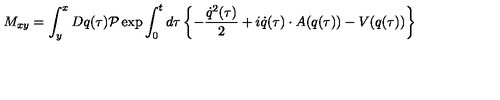
M _ { x y } = \int _ { y } ^ { x } D q ( \tau ) { \cal P } \exp \int _ { 0 } ^ { t } d \tau \left\{ - \frac { \dot { q } ^ { 2 } ( \tau ) } { 2 } + i \dot { q } ( \tau ) \cdot A ( q ( \tau ) ) - V ( q ( \tau ) ) \right\}